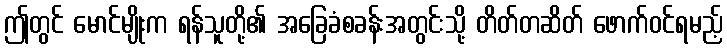
ဤတွင် မောင်မျိုးက ရန်သူတို့၏ အခြေခံစခန်းအတွင်းသို့ တိတ်တဆိတ် ဖောက်ဝင်ရမည့်